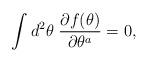
LaTeX: \begin{align*}\int d^2\theta\;\frac{\partial f(\theta)}{\partial \theta^a}=0,\end{align*}